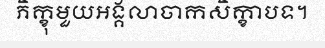
ភិក្ខុមួយអង្គលាចាកសិក្ខាបទ។